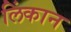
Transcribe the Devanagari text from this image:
लिंकान